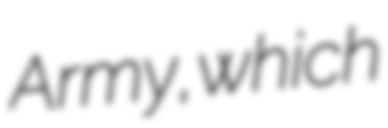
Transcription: Army, which